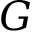
G